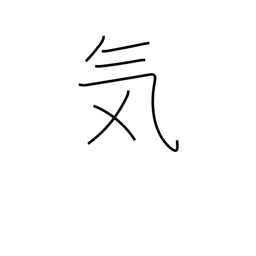
Meaning: spirit